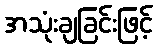
အသုံးချခြင်းဖြင့်